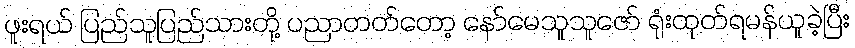
ဖူးရယ် ပြည်သူပြည်သားတို့ ပညာတတ်တော့ နော်မေသူသူဇော် ရုံးထုတ်ရမန်ယူခဲ့ပြီး